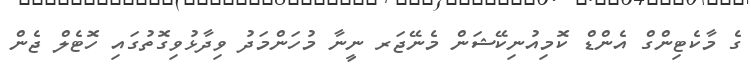
ގެ މާކެޓިންގް އެންޑް ކޮމިއުނިކޭޝަން މެނޭޖަރ ނީނާ މުހަންމަދު ވިދާޅުވިގޮތުގައި ހޮޓެލް ޖެން